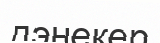
дэнекер